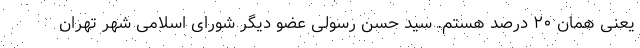
یعنی همان ۲۰ درصد هستم. سید حسن رسولی عضو دیگر شورای اسلامی شهر تهران